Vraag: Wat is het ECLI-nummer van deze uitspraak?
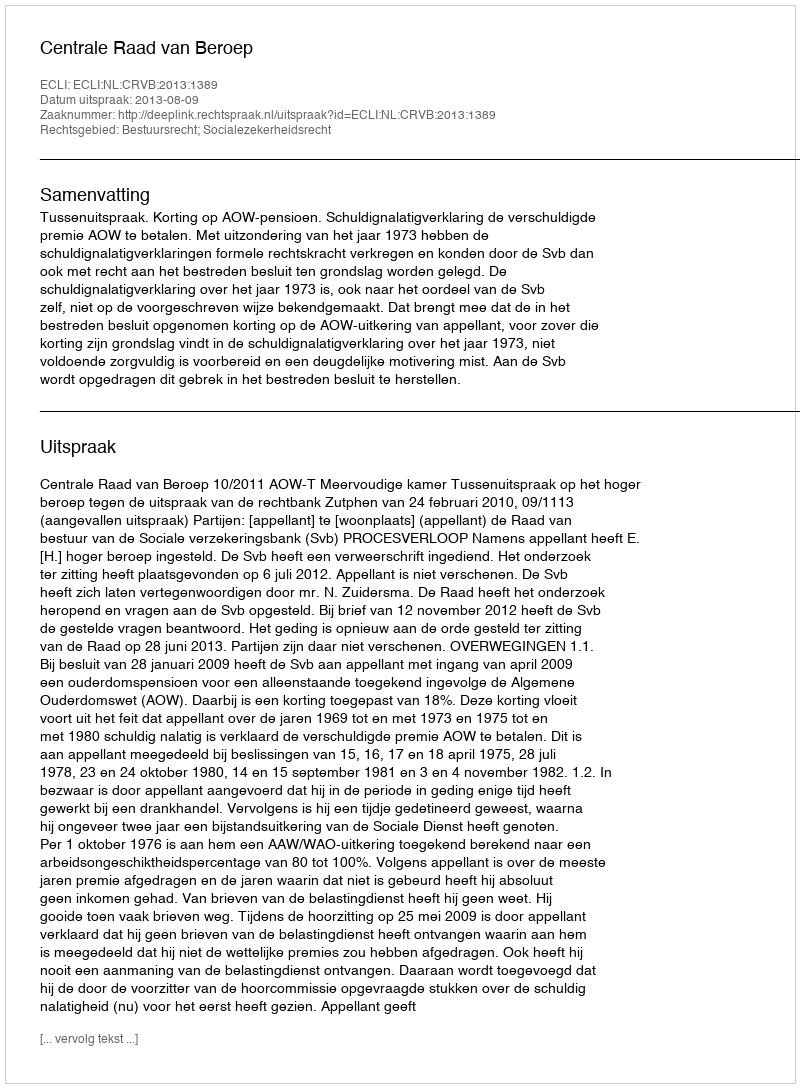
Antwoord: ECLI:NL:CRVB:2013:1389